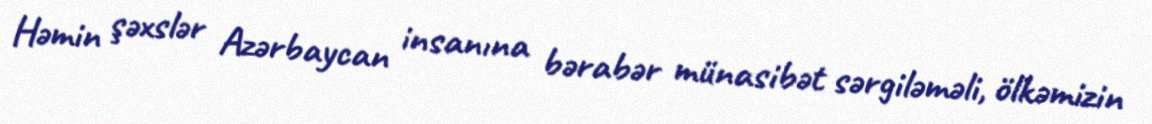
Həmin şəxslər Azərbaycan insanına bərabər münasibət sərgiləməli, ölkəmizin